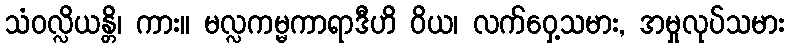
သံဝလ္လိယန္တိ၊ ကား။ မလ္လကမ္မကာရာဒီဟိ ဝိယ၊ လက်ဝှေ့သမား, အမှုလုပ်သမား